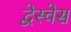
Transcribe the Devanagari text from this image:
द्वेस्चेस